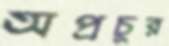
অপ্রচুর